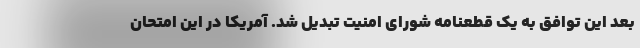
بعد این توافق به یک قطعنامه شورای امنیت تبدیل شد. آمریکا در این امتحان